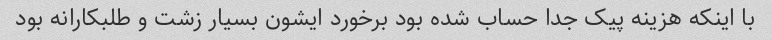
با اینکه هزینه پیک جدا حساب شده بود برخورد ایشون بسیار زشت و طلبکارانه بود